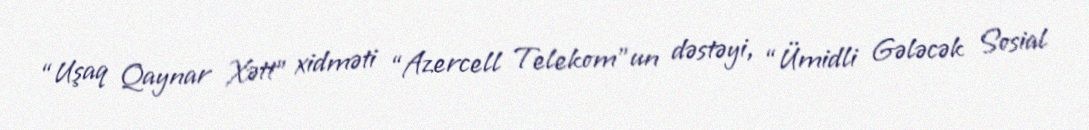
“Uşaq Qaynar Xətt” xidməti “Azercell Telekom”un dəstəyi, “Ümidli Gələcək Sosial